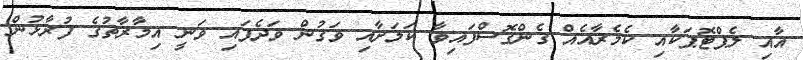
އާއި ލެޕްޓޮޕަކާއި ކެމެރާއެއް ގެންގޮސްފައިވާ ކަމަށާއި ވަގުން ވަދެފައި ވަނީ އިމާރާތުގެ ފުރާޅުން